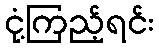
ငုံ့ကြည့်ရင်း